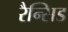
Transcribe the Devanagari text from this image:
रैन्सिड